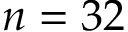
n = 3 2